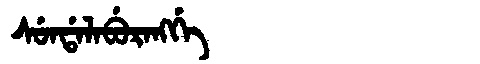
Manchu: ᠰᡠᠨᡩᠠᠯᠠᠪᡠᡵᠠᠩᡤᡝ
Romanization: SUNDALABURANGGE